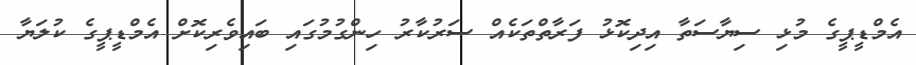
އެމްޑީޕީގެ މުޅި ސިޔާސަތާ އިދިކޮޅު ފަރާތްތަކެއް ސަރުކާރު ހިންގުމުގައި ބައިވެރިކޮށް އެމްޑީޕީގެ ކުލަޔާ